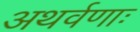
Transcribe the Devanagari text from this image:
अथर्वणाः